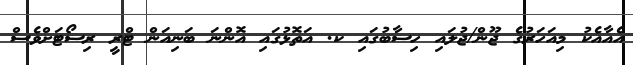
އެއާއެކު މިއަހަރުގެ ޖޫން/ޖުލައި ހިސާބުގައި ކ. އަތޮޅުގައި އޮންނަ ބަނިއަން ޓްރީ ރިސޯޓަށްވެސް